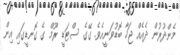
މެންދުރުން ދެއެއް ޖަހާ ބޮޑުވަނީއެވެ. ގޭގެ ސްޓަޑީ ރޫމް ގެ ގޮނޑީގައި އިން